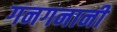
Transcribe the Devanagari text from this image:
गनगनानी